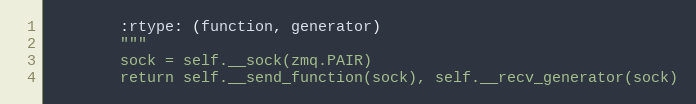
Language: Python
        :rtype: (function, generator)
        """
        sock = self.__sock(zmq.PAIR)
        return self.__send_function(sock), self.__recv_generator(sock)